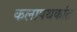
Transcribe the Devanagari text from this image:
कलापथकांत